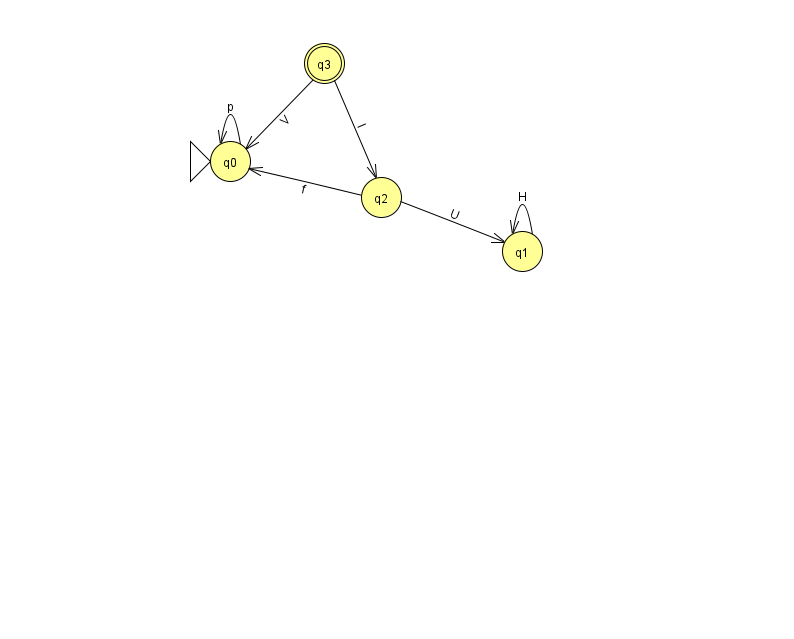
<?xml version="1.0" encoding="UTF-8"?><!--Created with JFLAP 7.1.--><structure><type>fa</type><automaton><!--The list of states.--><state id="0" name="q0"><x>230.0</x><y>148.0</y><initial/></state><state id="1" name="q1"><x>522.0</x><y>238.0</y></state><state id="2" name="q2"><x>381.0</x><y>184.0</y></state><state id="3" name="q3"><x>324.0</x><y>50.0</y><final/></state><!--The list of transitions.--><transition><from>0</from><to>0</to><read>p</read></transition><transition><from>2</from><to>0</to><read>f</read></transition><transition><from>3</from><to>0</to><read>V</read></transition><transition><from>1</from><to>1</to><read>H</read></transition><transition><from>3</from><to>2</to><read>I</read></transition><transition><from>2</from><to>1</to><read>U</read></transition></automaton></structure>